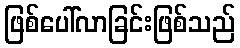
ဖြစ်ပေါ်လာခြင်းဖြစ်သည်